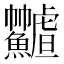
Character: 𩽟